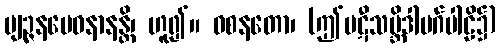
ဗျဉ္ဇနမေဝနာနန္တိ၊ ဟူ၍။ ဝစနတော၊ (ဤပဋီသမ္ဘိဒါမဂ်ပါဠိ၌)